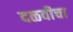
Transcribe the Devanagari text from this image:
दळवीचा